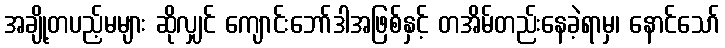
အချို့တပည့်မများ ဆိုလျှင် ကျောင်းဘော်ဒါအဖြစ်နှင့် တအိမ်တည်းနေခဲ့ရာမှ၊ နောင်သော်